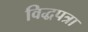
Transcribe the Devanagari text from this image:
विद्धपत्रा